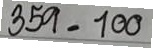
359 = 100